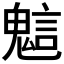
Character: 𧪵